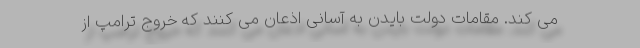
می کند. مقامات دولت بایدن به آسانی اذعان می کنند که خروج ترامپ از